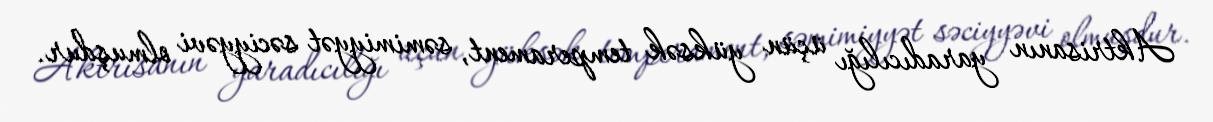
Aktrisanın yaradıcılığı üçün yüksək temperament, səmimiyyət səciyyəvi olmuşdur.